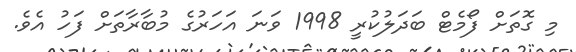
މި ގޮތަށް ފޯމެޓް ބަދަލުކުރީ 1998 ވަނަ އަހަރުގެ މުބާރާތަށް ފަހު އެވެ.